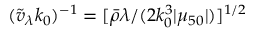
( \tilde { v } _ { \lambda } k _ { 0 } ) ^ { - 1 } = [ { \bar { \rho } } \lambda / ( 2 k _ { 0 } ^ { 3 } | \mu _ { 5 0 } | ) ] ^ { 1 / 2 }